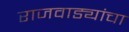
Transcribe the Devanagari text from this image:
राजवाड्यांचा